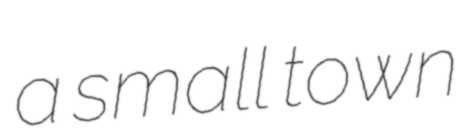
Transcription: a small town